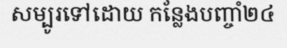
សម្បូរទៅដោយ កន្លែងបញ្ចាំ២៤